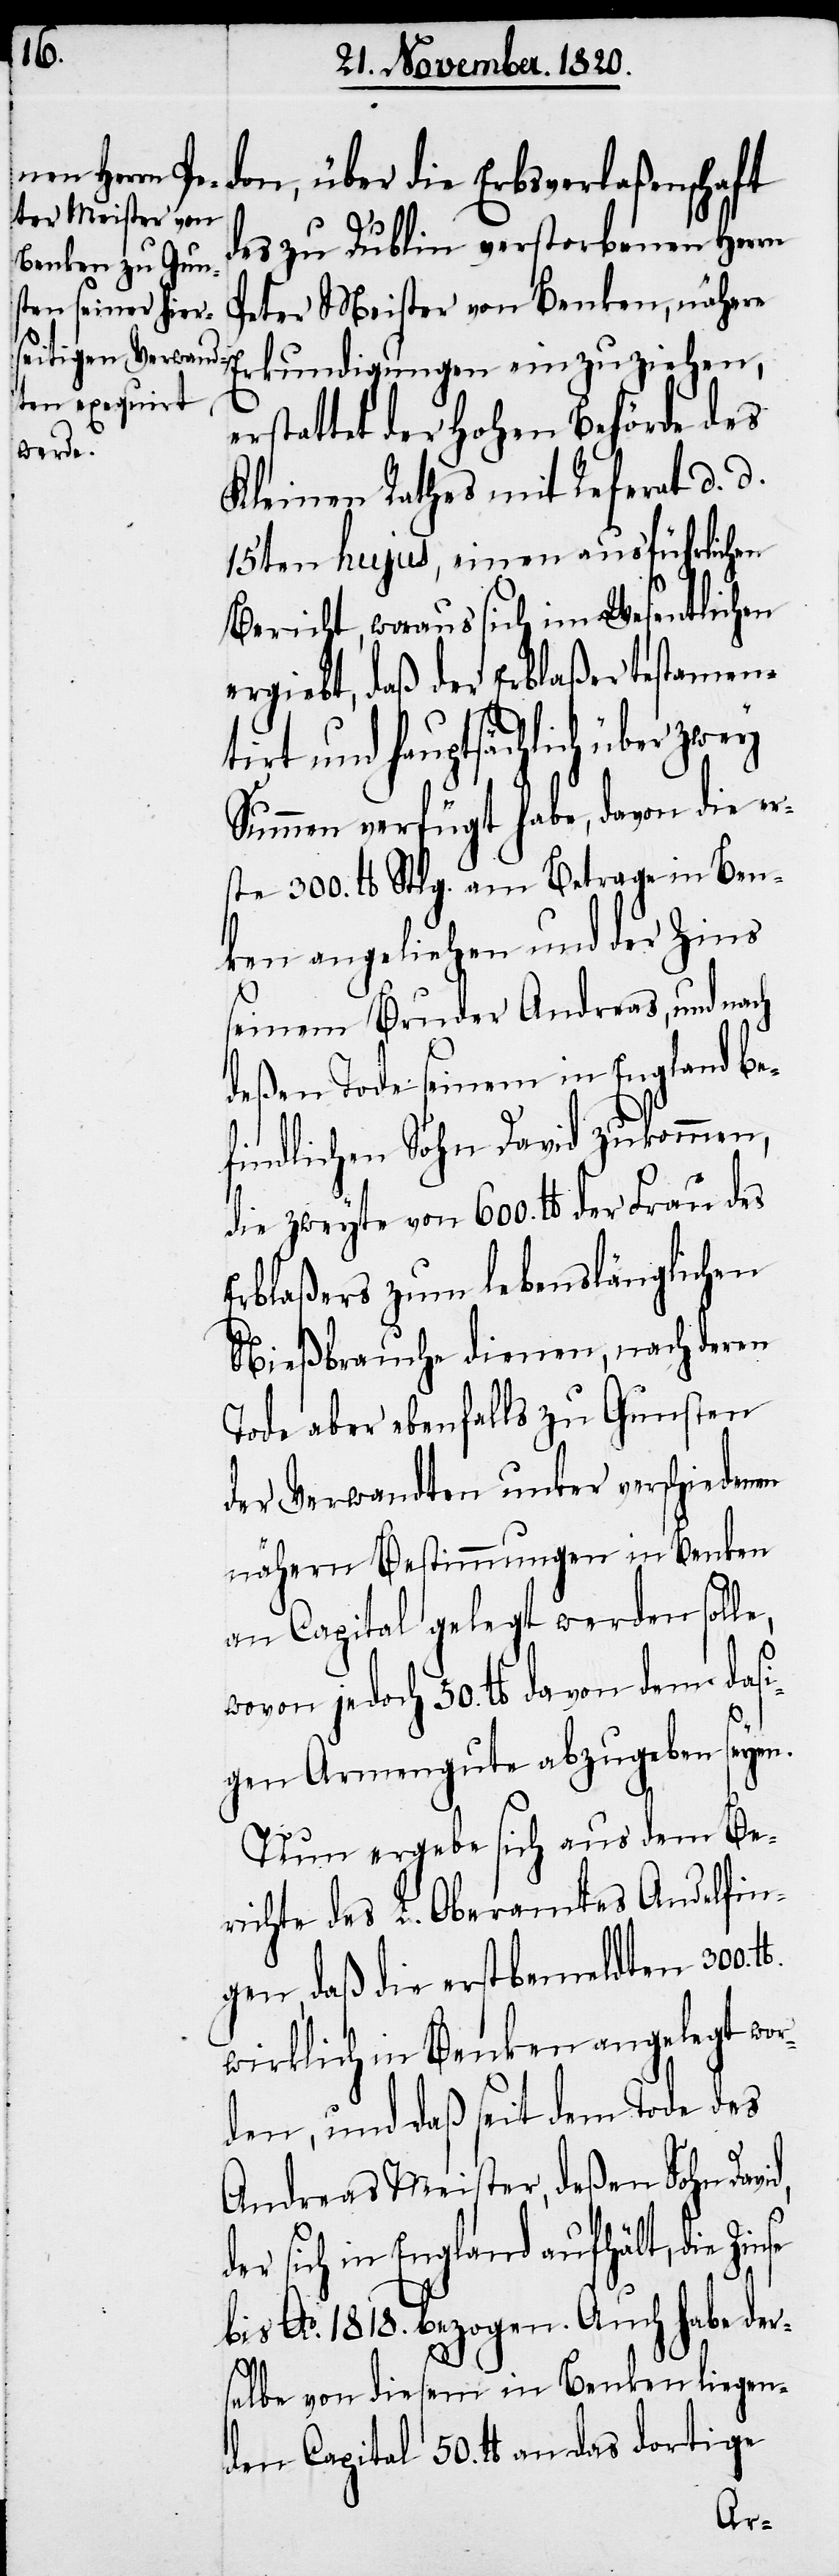
don, über die Erbsverlaßenschaft
des zu Dublin verstorbenen Herrn
Peter Meister von Benken, nähere
erstattet der hohen Behörde des
Kleinen Rathes mit Referat d. d.
15ten hujus, einen ausführlichen
Bericht, woraus sich im Wesentlichen
ergiebt, daß der Erblaßer testament¬
irt und hauptsächlich über
Summen verfügt habe, davon die er¬
ste 300. lb Stlg. am Betrage in Ben¬
ken angeliehen und der Zins
seinem Bruder Andreas, und nach
deßen Tode seinem in England be¬
findlichen Sohn David zukommen,
die zweyte von 600. lb der Frau des
Erblaßers zum lebenslänglichen
Nießbrauche dienen, nach deren
Tode aber ebenfalls zu Gunsten
der Verwandten unter verschiedenen
nähern Bestimmungen in Benken
an Capital gelegt werden soll¬
wovon jedoch 50. lb davon dem dasi¬
gen Armengute abzugeben seyen.
Nun ergebe sich aus dem Be¬
richte des L. Oberamtes Andelfin¬
gen, daß die erstbemeldten 300.
wirklich in Benken angelegt wor¬
den, und daß seit dem Tode des
Andreas Meister, deßen Sohn David,
er sich in England aufhält, die
bis Ao. 1818. bezogen. Auch habe der¬
selbe von diesem in Benken liegen¬
den Capital 50. lb an das dortige
d¬